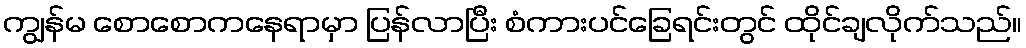
ကျွန်မ စောစောကနေရာမှာ ပြန်လာပြီး စံကားပင်ခြေရင်းတွင် ထိုင်ချလိုက်သည်။